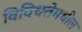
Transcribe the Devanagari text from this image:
विविधतेमधील